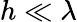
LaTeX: h\ll\lambda